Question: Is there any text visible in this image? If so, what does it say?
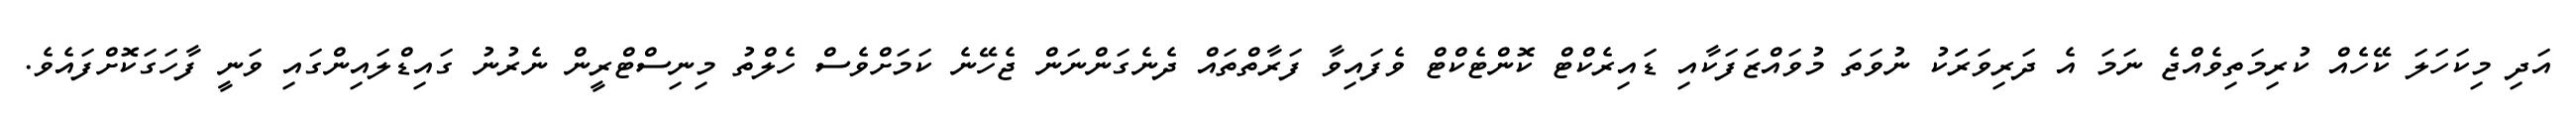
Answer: އަދި މިކަހަލަ ކޭހެއް ކުރިމަތިވެއްޖެ ނަމަ އެ ދަރިވަރަަކު ނުވަތަ މުވައްޒަފަކާއި ޑައިރެކްޓް ކޮންޓެކްޓް ވެފައިވާ ފަރާތްތައް ދެނެގަންނަން ޖެހޭނެ ކަމަށްވެސް ހެލްތު މިނިސްޓްރީން ނެރުނު ގައިޑްލައިންގައި ވަނީ ފާހަގަކޮށްފައެވެ.